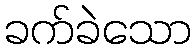
ခက်ခဲသော